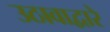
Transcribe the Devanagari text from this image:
उठावाद्वारे